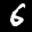
Label: 6